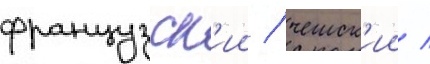
французск'ии / чешск'ии /